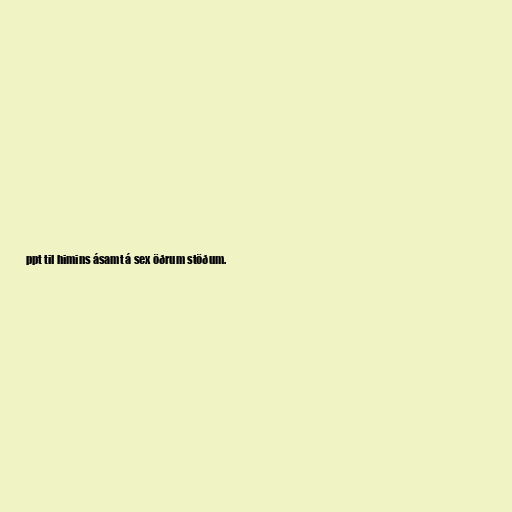
ppt til himins ásamt á sex öðrum stöðum.